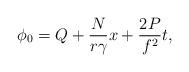
LaTeX: \begin{align*}\phi_0 = Q +\frac{N}{r{\gamma}} x + {\frac{2P}{f^2}}t,\end{align*}